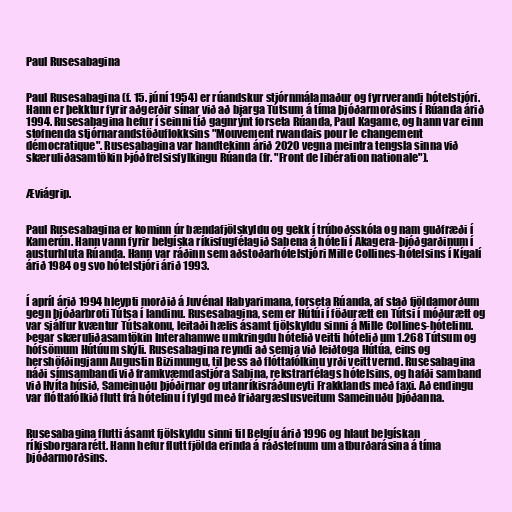
Paul Rusesabagina

Paul Rusesabagina (f. 15. júní 1954) er rúandskur stjórnmálamaður og fyrrverandi hótelstjóri.
Hann er þekktur fyrir aðgerðir sínar við að bjarga Tútsum á tíma þjóðarmorðsins í Rúanda árið
1994. Rusesabagina hefur í seinni tíð gagnrýnt forseta Rúanda, Paul Kagame, og hann var einn
stofnenda stjórnarandstöðuflokksins "Mouvement rwandais pour le changement
démocratique". Rusesabagina var handtekinn árið 2020 vegna meintra tengsla sinna við
skæruliðasamtökin Þjóðfrelsisfylkingu Rúanda (fr. "Front de libération nationale").

Æviágrip.

Paul Rusesabagina er kominn úr bændafjölskyldu og gekk í trúboðsskóla og nam guðfræði í
Kamerún. Hann vann fyrir belgíska ríkisfugfélagið Sabena á hóteli í Akagera-þjóðgarðinum í
austurhluta Rúanda. Hann var ráðinn sem aðstoðarhótelstjóri Mille Collines-hótelsins í Kígalí
árið 1984 og svo hótelstjóri árið 1993.

Í apríl árið 1994 hleypti morðið á Juvénal Habyarimana, forseta Rúanda, af stað fjöldamorðum
gegn þjóðarbroti Tútsa í landinu. Rusesabagina, sem er Hútúi í föðurætt en Tútsi í móðurætt og
var sjálfur kvæntur Tútsakonu, leitaði hælis ásamt fjölskyldu sinni á Mille Collines-hótelinu.
Þegar skæruliðasamtökin Interahamwe umkringdu hótelið veitti hótelið um 1.268 Tútsum og
hófsömum Hútúum skýli. Rusesabagina reyndi að semja við leiðtoga Hútúa, eins og
hershöfðingjann Augustin Bizimungu, til þess að flóttafólkinu yrði veitt vernd. Rusesabagina
náði símsambandi við framkvæmdastjóra Sabina, rekstrarfélags hótelsins, og hafði samband
við Hvíta húsið, Sameinuðu þjóðirnar og utanríkisráðuneyti Frakklands með faxi. Að endingu
var flóttafólkið flutt frá hótelinu í fylgd með friðargæslusveitum Sameinuðu þjóðanna.

Rusesabagina flutti ásamt fjölskyldu sinni til Belgíu árið 1996 og hlaut belgískan
ríkisborgararétt. Hann hefur flutt fjölda erinda á ráðstefnum um atburðarásina á tíma
þjóðarmorðsins.